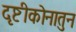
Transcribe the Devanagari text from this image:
दृष्टीकोनातुन